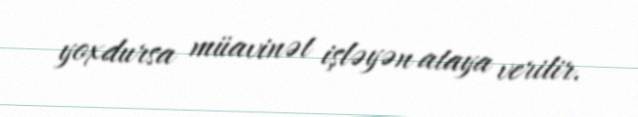
yoxdursa müavinət işləyən ataya verilir.